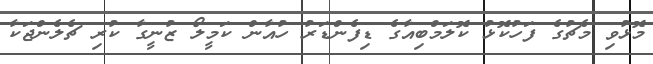
މޮޅުވި މެޗުގެ ފަހުކޮޅު ކޮލަމްބިއާގެ ޑިފެންޑަރު ހުއާން ކަމީލޯ ޒުނީގާ ކުރި ޗެލެންޖަކާ